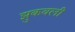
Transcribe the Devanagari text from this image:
झुकवली